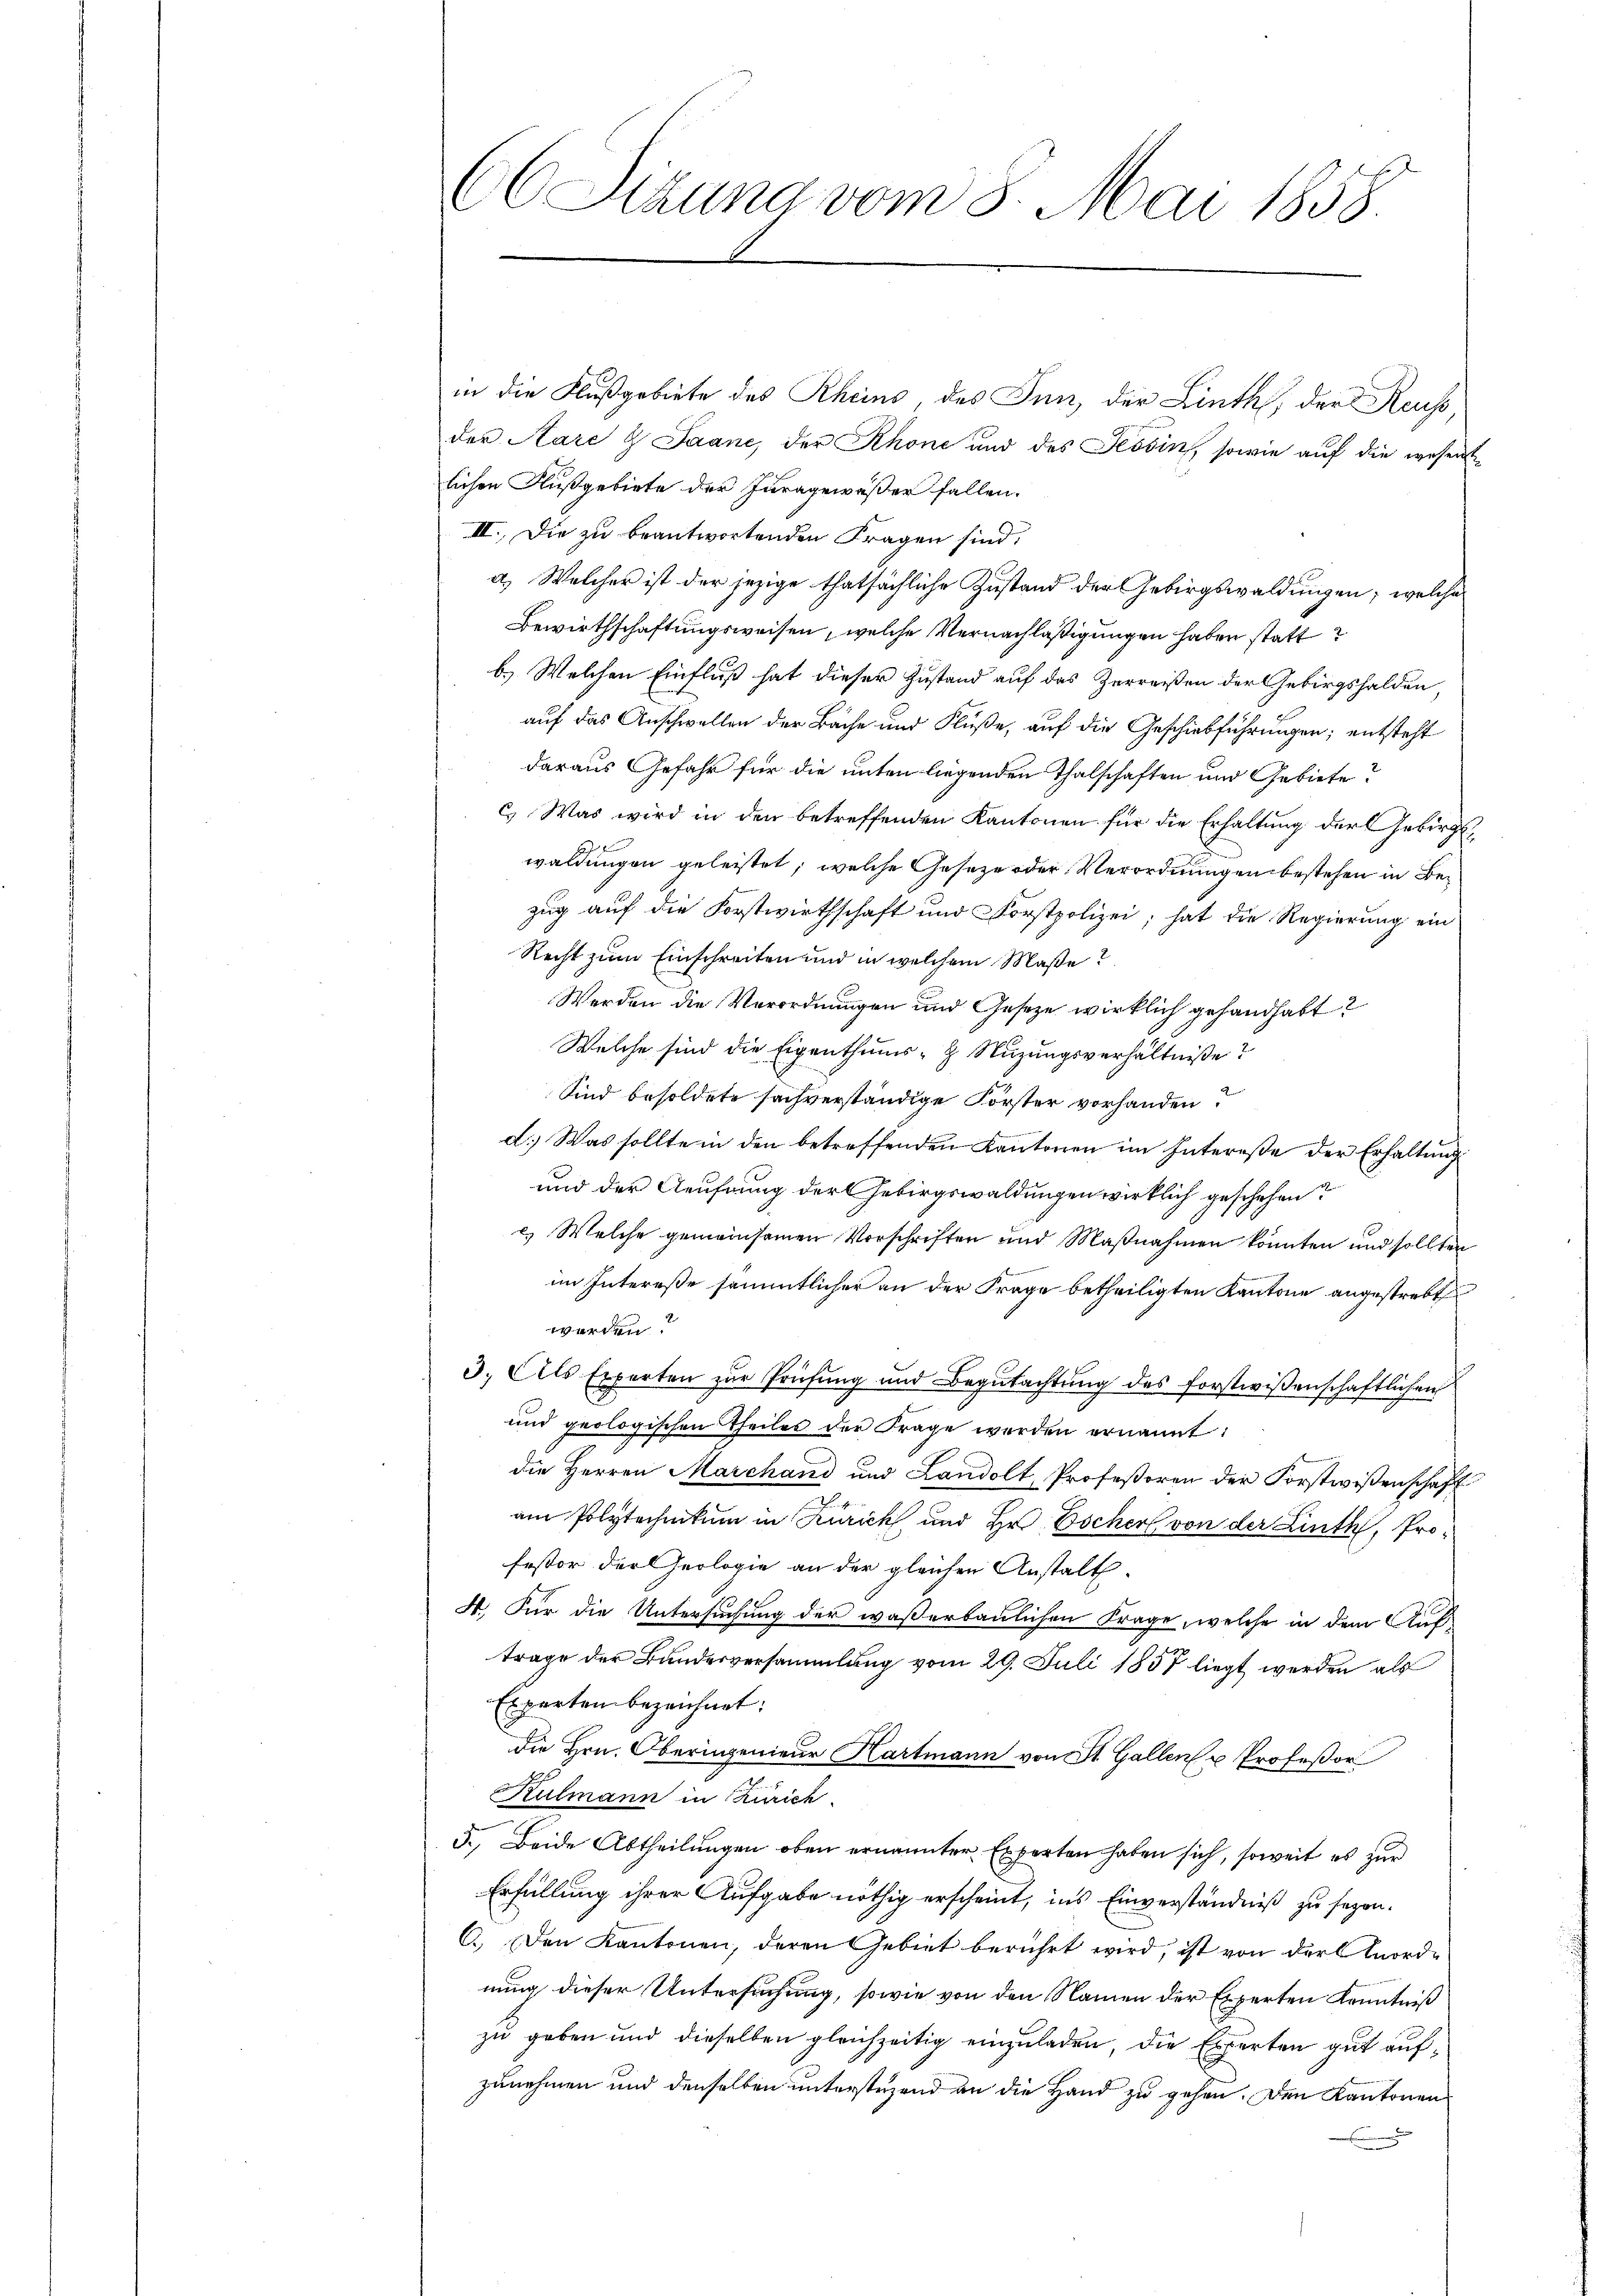
66 Sizung vom 8. Mai 1858.

in die Flußgebiete des Rheins, des Inn, der Linth, der Reuss
der Aare u Saane, der Rhone und des Tessin, sowie auf die wesentlichen Flußgebiete der Juragewäßer fallen.
II. Die zu beantwortenden Fragen sind,
a.) Welcher ist der jezige thatsächliche Zustand der Gebirgswaldungen; welche
Bewirthschaftungsweisen, welche Vernachläßigungen haben statt
b.) Welchen Einfluß hat dieser Zustand auf das Zerreißen der Gebirgshalden,
auf das Anschwellen der Bache und Flüße, auf die Geschiebführungen; entsteht
daraus Gefahr für die unten liegenden Thalschaften und Gebiete?
c. Was wird in den betreffenden Kantonen für die Erhaltung der Gebirgswaldungen geleistet; welche Geseze oder Verordnungen bestehen in Bezug auf die Forstwirthschaft und Forstpolizei; hat die Regierung ein
Recht zum Einschreiten und in welchem Maße?
Werden die Verordnungen und Gesetze wirklich gehandhabt?
Welche sind die Eigenthums- & Nuzungsverhältnisse?
Sind besoldete sachverständige Forster vorhanden?
d. Was sollte in den betreffenden Kantonen im Intereße der Erhaltung
und der Aeufnung der Gebirgswaldungen wirklich geschehen?
2.) Welche gemeinsamen Vorschriften und Maßnahmen konnten und sollten
im Intereße sämmtlicher an der Frage betheiligten Kantone angestrebt
werden
3. Als Experten zur Prüfung und Begutachtŭng des forstwissenschaftlichen
und geologischen Theiles der Frage werden ernannt:
die Herren Marchand und Landolt, Profeßoren der Forstwissenschaft
am Polytechnikum in Zürich, und Hr. Escher von der Linth, Profestor der Geologie an der gleichen Anstalt.
4. Für die Untersuchung der waßerbaulichen Frage, welche in dem Auftrage der Bundesversammlung vom 29. Juli 1857 liegt werden als
Exparten bezeichnet:
die Hrn. Oberingenieur Hartmann von St. Gallen u Profeßor
Kulmann in Zürich
5. Beide Abtheilungen oben ernannter Experten haben sich, soweit es zur
Erfüllung ihrer Aufgabe nöthig erscheint, ins Einverständniß zu sezen.
C.) Den Kantonen, deren Gebiet berührt wird, ist von der Anordnung dieser Untersuchung, sowie von den Namen der Experten Kenntniß
zu geben und dieselben gleichzeitig einzuladen, die Experten gut aufzunehmen und denselben unterstehend an die Hand zu gehen. Den Kantonen